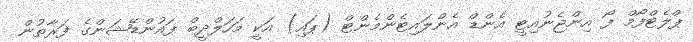
ޕްލެޓްފޯމް ފޯ އިންޖެނުއިޓީ އެންޑް އެންލައިޓެންމެންޓް (ޕައި) އަކީ މަހަލްދީބް ފައުންޑޭޝަންގެ ފަރާތުން